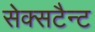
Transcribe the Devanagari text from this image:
सेक्सटैन्ट